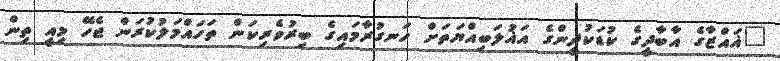
"ޣައްޒާގެ އާބާދީގެ ކުޑަކުދީންގެ އަޣުލަބިއްޔަތަށް ހަނގުރާމައިގެ ބިރުވެރިކަން ތަހައްމަލުކުރަން ޖެހޭ މިއީ ތިން